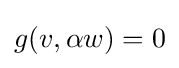
g(v,\alpha w)=0